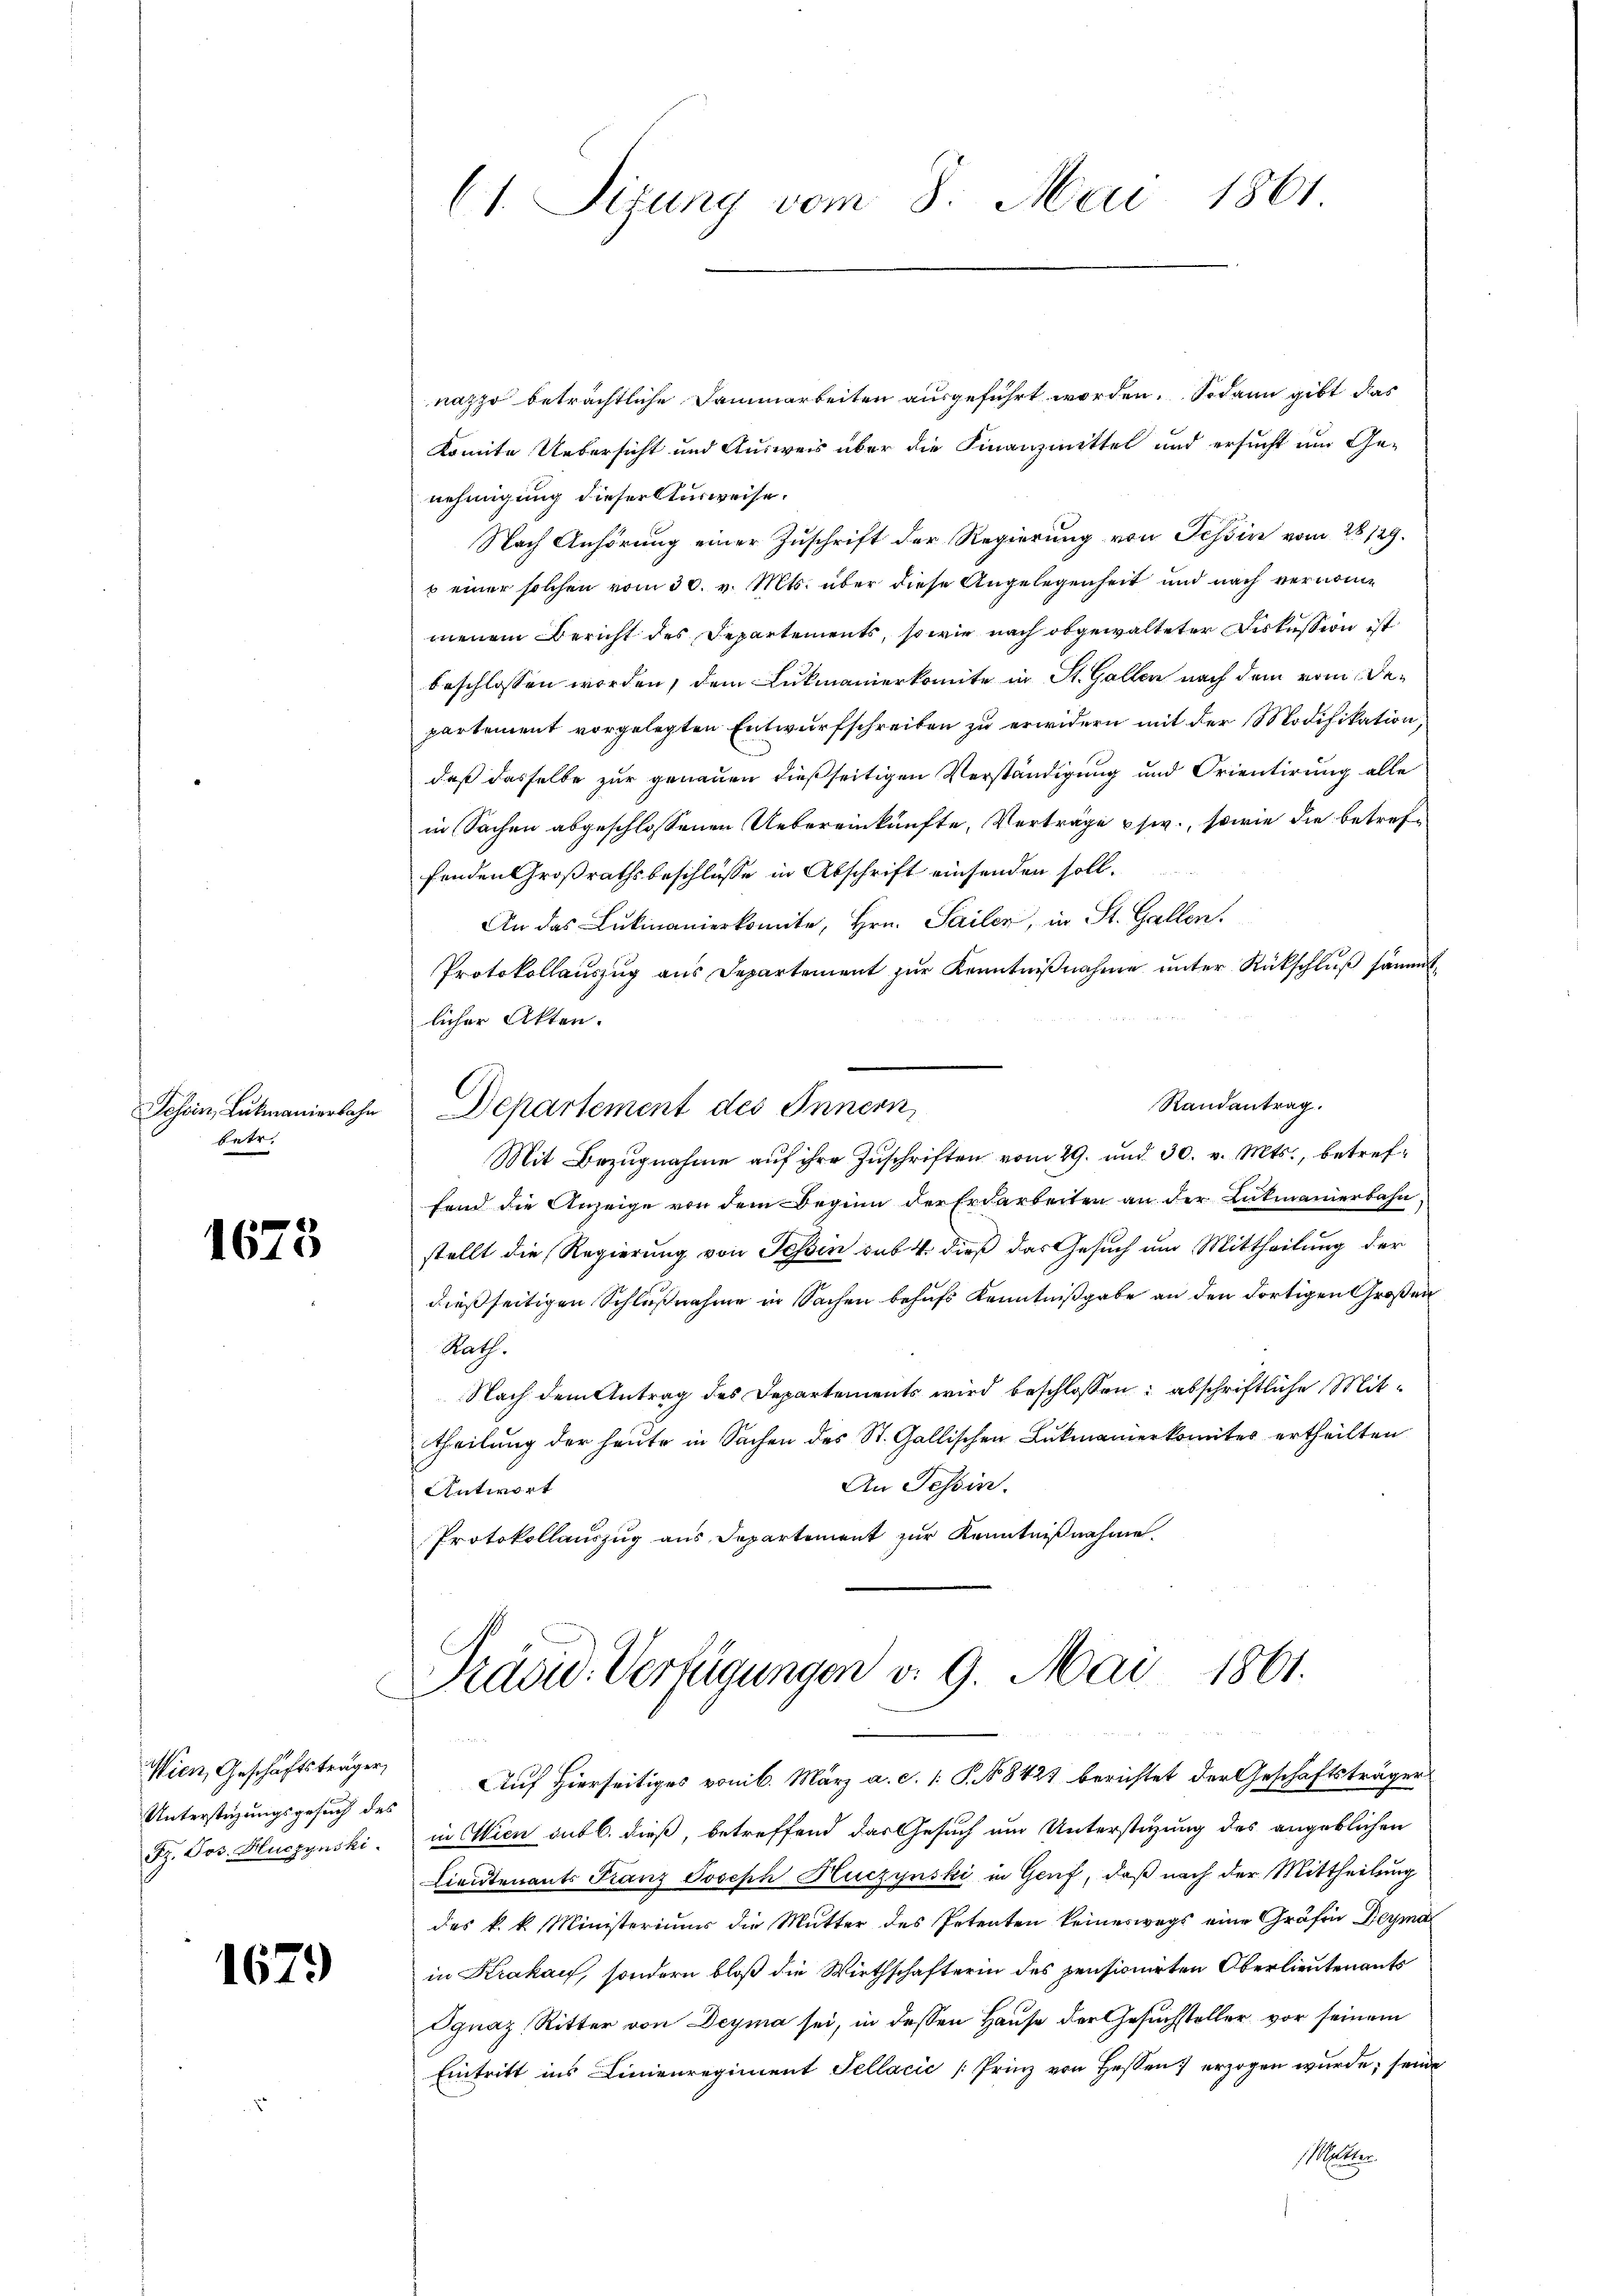
Jossin, Lukmanierbahn
betr.

1675

Wien, Geschäftsträger,
Unterstüzungsgesuch des
Pz. Jos. Huczynski

1679

(1. Sizung vom 8. Mai 1861

nazzo beträchtliche Dammarbeiten ausgeführt worden. Sodann gibt das
komite Uebersicht und Ausweis über die Finanzmittel und ersucht um Genehmigung dieser Ausweise.
Nach Anhörung einer Zuschrift der Regierung von Tessin vom 28/29.
 einer solchen vom 30. v. Mts. über diese Angelegenheit und nach vernomme
menem Bericht des Departements, so wie nach obgewalteter Diskussion ist
beschlossen worden, dem Lukmanierkomite in St. Gallen nach dem vom Departement vorgelegten Entwurfschreiben zu erwidern mit der Modifikation,
daß dasselbe zur genauen dießseitigen Verständigung und Orientirung alle
in Sachen abgeschlossenen Uebereinkünfte, Verträge usw., sowie die betreffenden Großrathsbeschlüsse in Abschrift einsenden soll.
An das Lukmanierkomite, Hrn. Sailer, in St. Gallen
Protokollaŭszŭg aŭs Departement zŭr Kenntniβnahme ŭnter Rückschlŭβ sämmt
licher Akten.
Randantrag.
Departement des Innern,
Mit Bezŭgnahme aŭf ihre Zŭschriften vom 29. und 30. v. Mts., betreffend die Anzeige von dem Beginn der Erdarbeiten an der Lukmanierbahn,
stellt die Regierung von Tessin sub 4. dieß das Gesuch um Mittheilung der
dießseitigen Schlußnahme in Sachen behufs Kenntnißgabe an den dortigen Großen
Rath.
Nach dem Antrag des Departements wird beschlossen: abschriftliche Mittheilung der heute in Sachen des St. Gallischen Lukmanerkomites ertheilten
An Tessin.
Antwort
Protokollauszug aus Departement zur Kenntnißnahme.

Präsid. Verfügungen v. 9. Mai 1861.

Auf Hierseitiges von 6. März a. c. 1 S. 58427 berichtet der Geschäftsträger
in Wien sub b. dieß, betreffend das Gesuch am Unterstüzung des angeblichen
Lieutenants Franz Joseph Huczynski in Genf, daß nach der Mittheilung
des k. k. Ministeriums die Mutter des Petenten keineswegs eine Gräfin Deyma
in Krakau, sondern bloß die Wirthschafterin des pensionirten Oberlieutenants
Ognaz Ritter von Deyma sei, in dessen Hause der Gesuchsteller vor seinem
Eintritt ins Linienregiment Tellacić (Prinz von Hessen erzogen wurde; seine
 Mutter